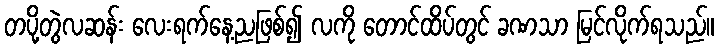
တပို့တွဲလဆန်း လေးရက်နေ့ညဖြစ်၍ လကို တောင်ထိပ်တွင် ခဏသာ မြင်လိုက်ရသည်။